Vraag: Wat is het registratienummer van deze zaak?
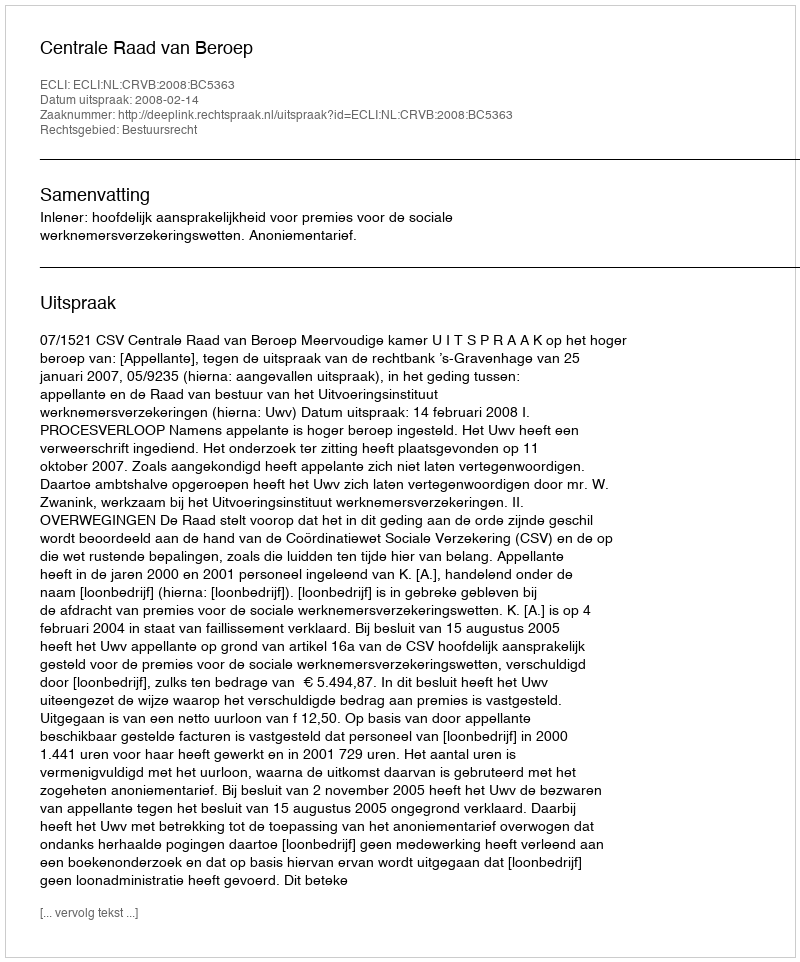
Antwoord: http://deeplink.rechtspraak.nl/uitspraak?id=ECLI:NL:CRVB:2008:BC5363